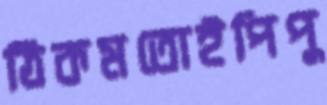
ঠিকমতোইপিপু